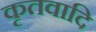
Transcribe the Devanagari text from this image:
कृतवादि